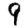
Digit: 9